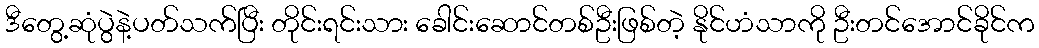
ဒီတွေ့ဆုံပွဲနဲ့ပတ်သက်ပြီး တိုင်းရင်းသား ခေါင်းဆောင်တစ်ဦးဖြစ်တဲ့ နိုင်ဟံသာကို ဦးတင်အောင်ခိုင်က